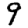
Digit: 9